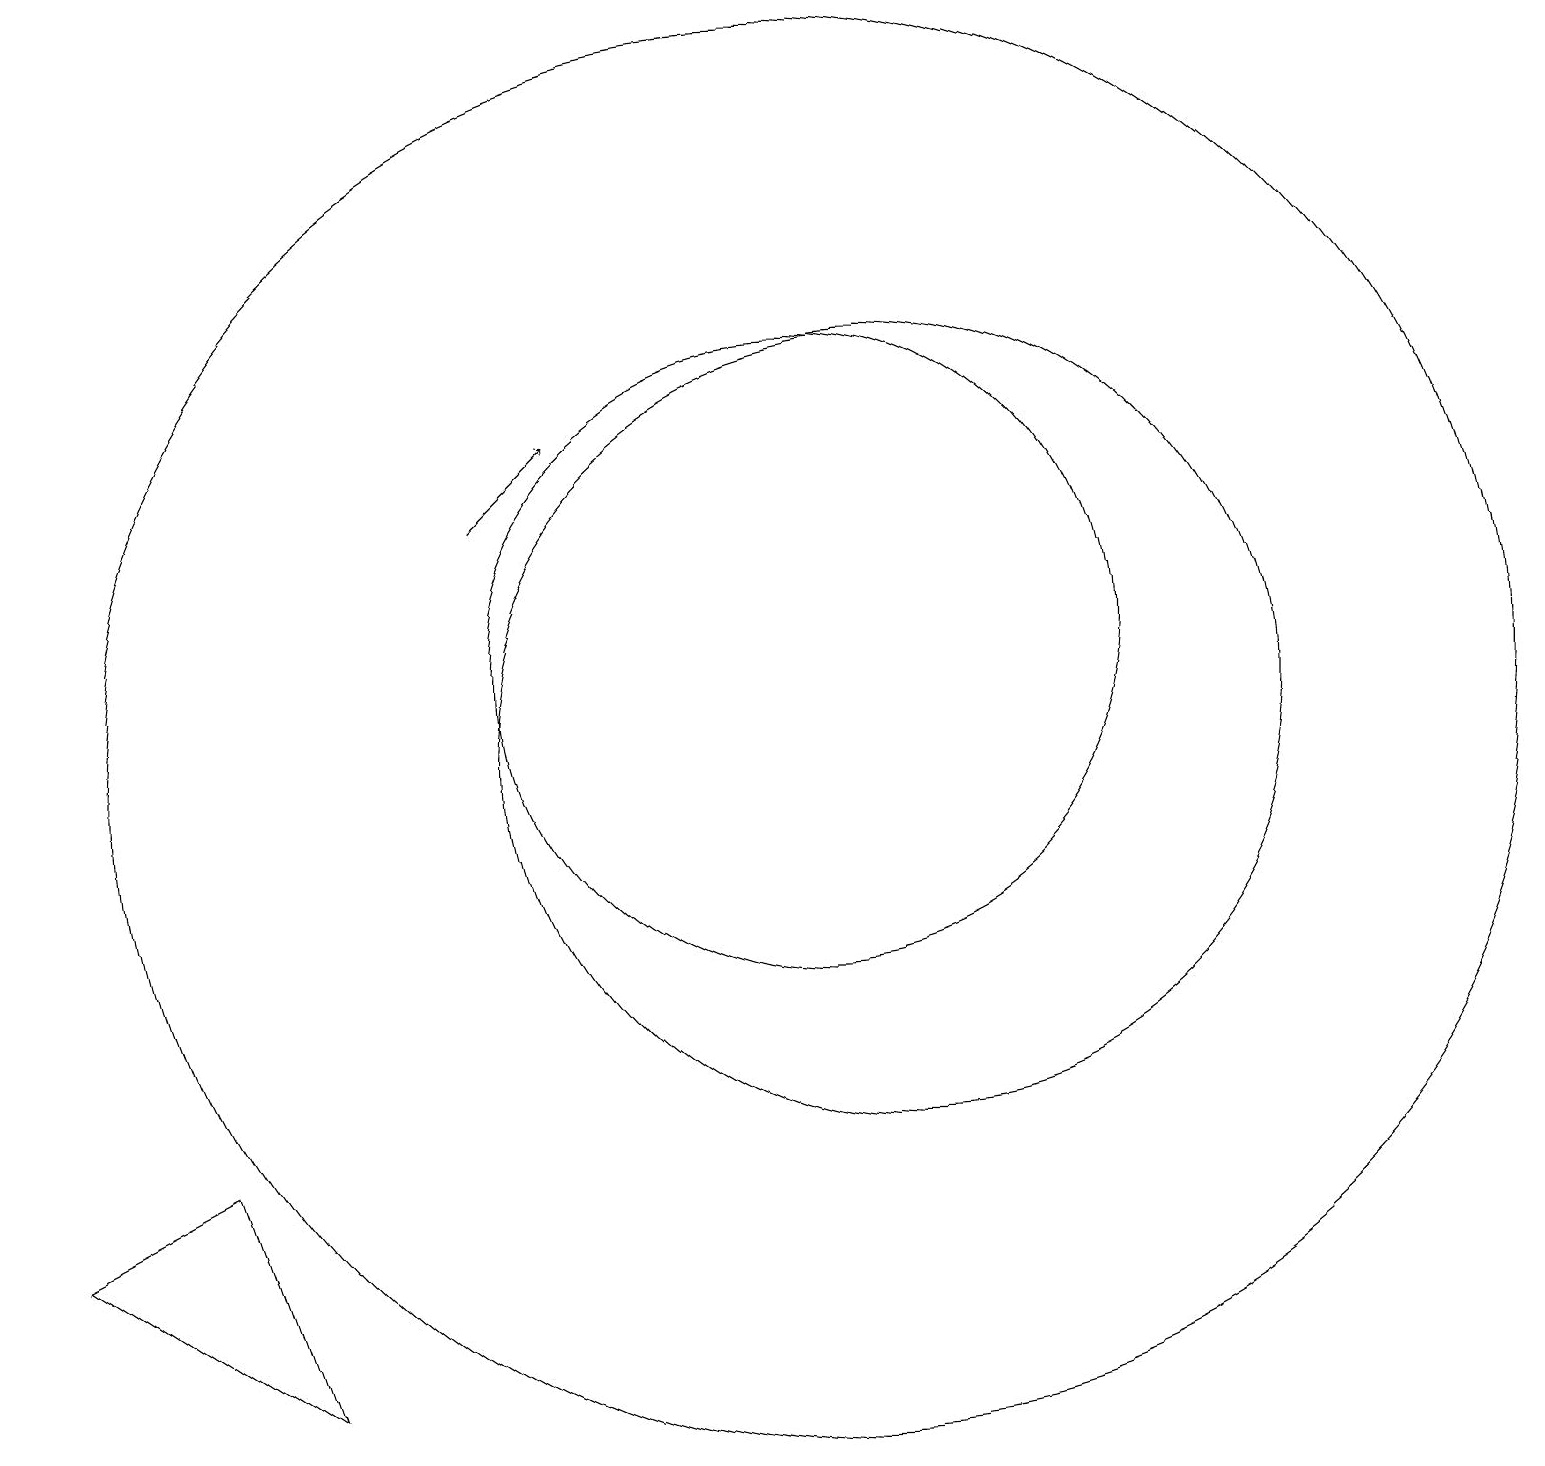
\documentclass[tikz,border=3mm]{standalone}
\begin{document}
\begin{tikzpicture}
\draw (0,4) -- (3,2) -- (2,5) -- cycle;
\draw[->] (6,13) -- (7,14);
\draw (10,10) circle (9);
\draw (11,10) circle (5);
\draw (10,11) circle (4);
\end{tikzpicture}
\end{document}